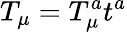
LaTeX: T_{\mu}=T_{\mu}^{a}t^{a}